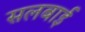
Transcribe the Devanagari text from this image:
सलबाई